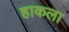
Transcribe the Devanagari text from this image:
हाकला